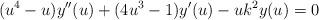
LaTeX: \begin{align*}(u^{4}-u)y^{\prime \prime }(u)+(4u^{3}-1)y^{\prime }(u)-uk^{2}y(u)=0\end{align*}